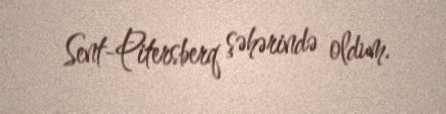
Sent-Pitersberq şəhərində oldum.